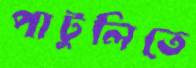
পাটুলিতে